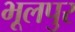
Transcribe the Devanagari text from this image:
भूलपुर